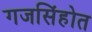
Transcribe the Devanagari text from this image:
गजसिंहोत